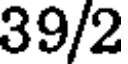
39/2